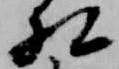
相